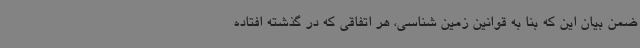
ضمن بیان این که بنا به قوانین زمین شناسی، هر اتفاقی که در گذشته افتاده